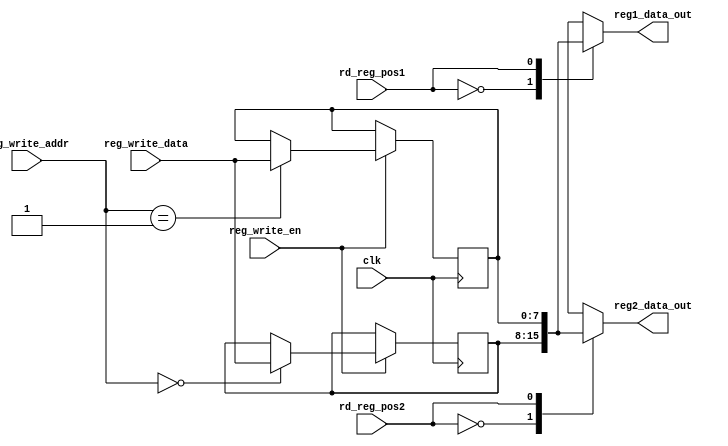
`timescale 1ns / 1ps
//////////////////////////////////////////////////////////////////////////////////
// Company: 
// Engineer: 
// 
// Design Name: 
// Module Name: registers_2x8
// Project Name: 
// Target Devices: 
// Tool Versions: 
// Description: 
// 
// Dependencies: 
// 
// Revision:
// Revision 0.01 - File Created
// Additional Comments:
// 
//////////////////////////////////////////////////////////////////////////////////


module registers_2x8(

    output reg [7:0] reg1_data_out,
    output reg [7:0] reg2_data_out,
    
    
    input wire reg_write_en,
    input wire [1:0] reg_write_addr,
    input wire [7:0] reg_write_data,
    
    input  wire rd_reg_pos1,
    input  wire rd_reg_pos2,
    
    input wire clk
);

    reg [7:0] r0= 0;
    reg [7:0] r1=0;
    
    always @(*) begin
        case(rd_reg_pos1) // becuse you can have example: add ro, r1 or add r1, r0 
            1'b0: reg1_data_out = r0;
            1'b1: reg1_data_out = r1;
            default: reg1_data_out = 8'hFF;
        endcase    
    end
    
    always @(*) begin
        case(rd_reg_pos2) // becuse you can have example: 'add R0, R1' or 'add R1, R0' 
            1'b0: reg2_data_out = r0;
            1'b1: reg2_data_out = r1;
            default: reg2_data_out = 8'hFF;
        endcase    
    end 
    
    always @(posedge clk) begin
        if(reg_write_en) begin
            case(reg_write_addr)
                2'b00: r0 <= reg_write_data;
                2'b01: r1 <= reg_write_data;
            endcase
        end
    end 
    
endmodule